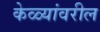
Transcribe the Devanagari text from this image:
केळ्यांवरील